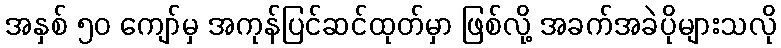
အနှစ် ၅၀ ကျော်မှ အကုန်ပြင်ဆင်ထုတ်မှာ ဖြစ်လို့ အခက်အခဲပိုများသလို